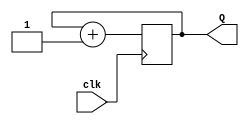



module two_bit_counter(
	input clk, // slow clock
	output [1:0] Q
	);
	reg [1:0] temp = 0; // initially counter is set to 0
	
	always @(posedge clk) // when positive edge of the clock arrives, counter goes up by 1
	begin
		temp=temp+1;
	end
	
	assign Q = temp; // values of the counter gets stored in Q
	
endmodule